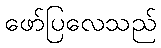
ဖော်ပြလေသည်